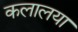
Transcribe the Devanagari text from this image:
कलालया